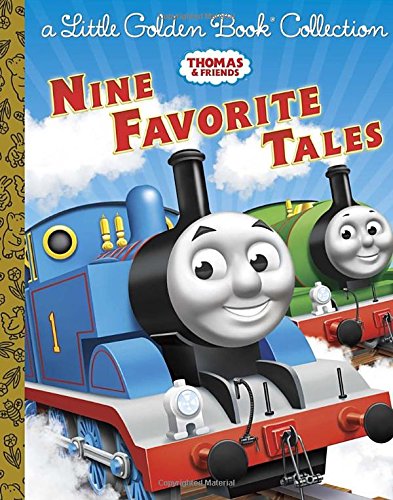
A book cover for Thomas & Friends: Nine Favorite Tales (Thomas & Friends): A Little Golden Book Collection (Little Golden Book Treasury); Golden Books; Children's Books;